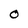
Character: O